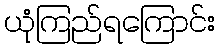
ယုံကြည်ရကြောင်း